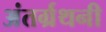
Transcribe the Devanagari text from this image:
अंतर्ग्रथनी